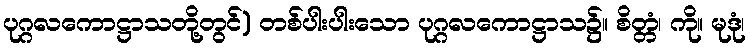
ပုဂ္ဂလကောဋ္ဌာသတို့တွင်) တစ်ပါးပါးသော ပုဂ္ဂလကောဋ္ဌာသ၌။ စိတ္တံ၊ ကို။ မုဒုံ၊